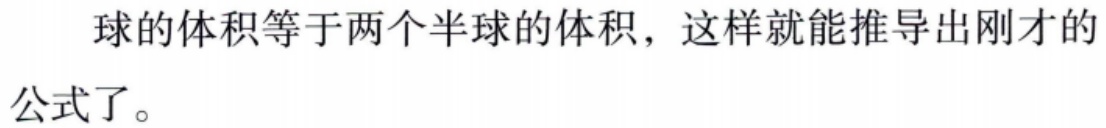
球的体积等于两个半球的体积，这样就能推导出刚才的公式了。